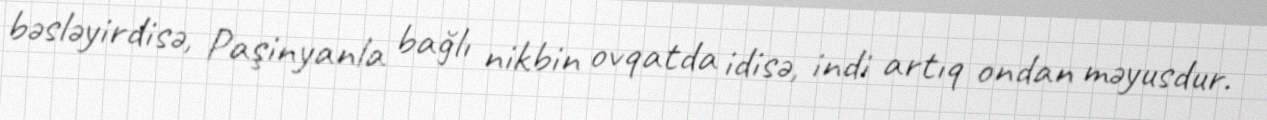
bəsləyirdisə, Paşinyanla bağlı nikbin ovqatda idisə, indi artıq ondan məyusdur.